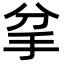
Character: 𢪘